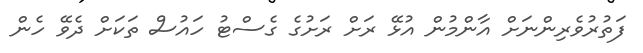
ފަތުރުވެރިންނަށް އާންމުން އުޅޭ ރަށް ރަށުގެ ގެސްޓު ހައުސް ތަކަށް ދެވޭ ހެން